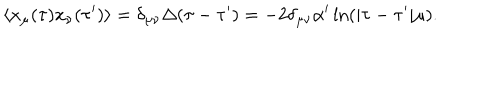
\langle x _ { \mu } ( \tau ) x _ { \nu } ( \tau ^ { \prime } ) \rangle = \delta _ { \mu \nu } \Delta ( \tau - \tau ^ { \prime } ) = - 2 \delta _ { \mu \nu } \alpha ^ { \prime } \ln ( | \tau - \tau ^ { \prime } | \mu ) .